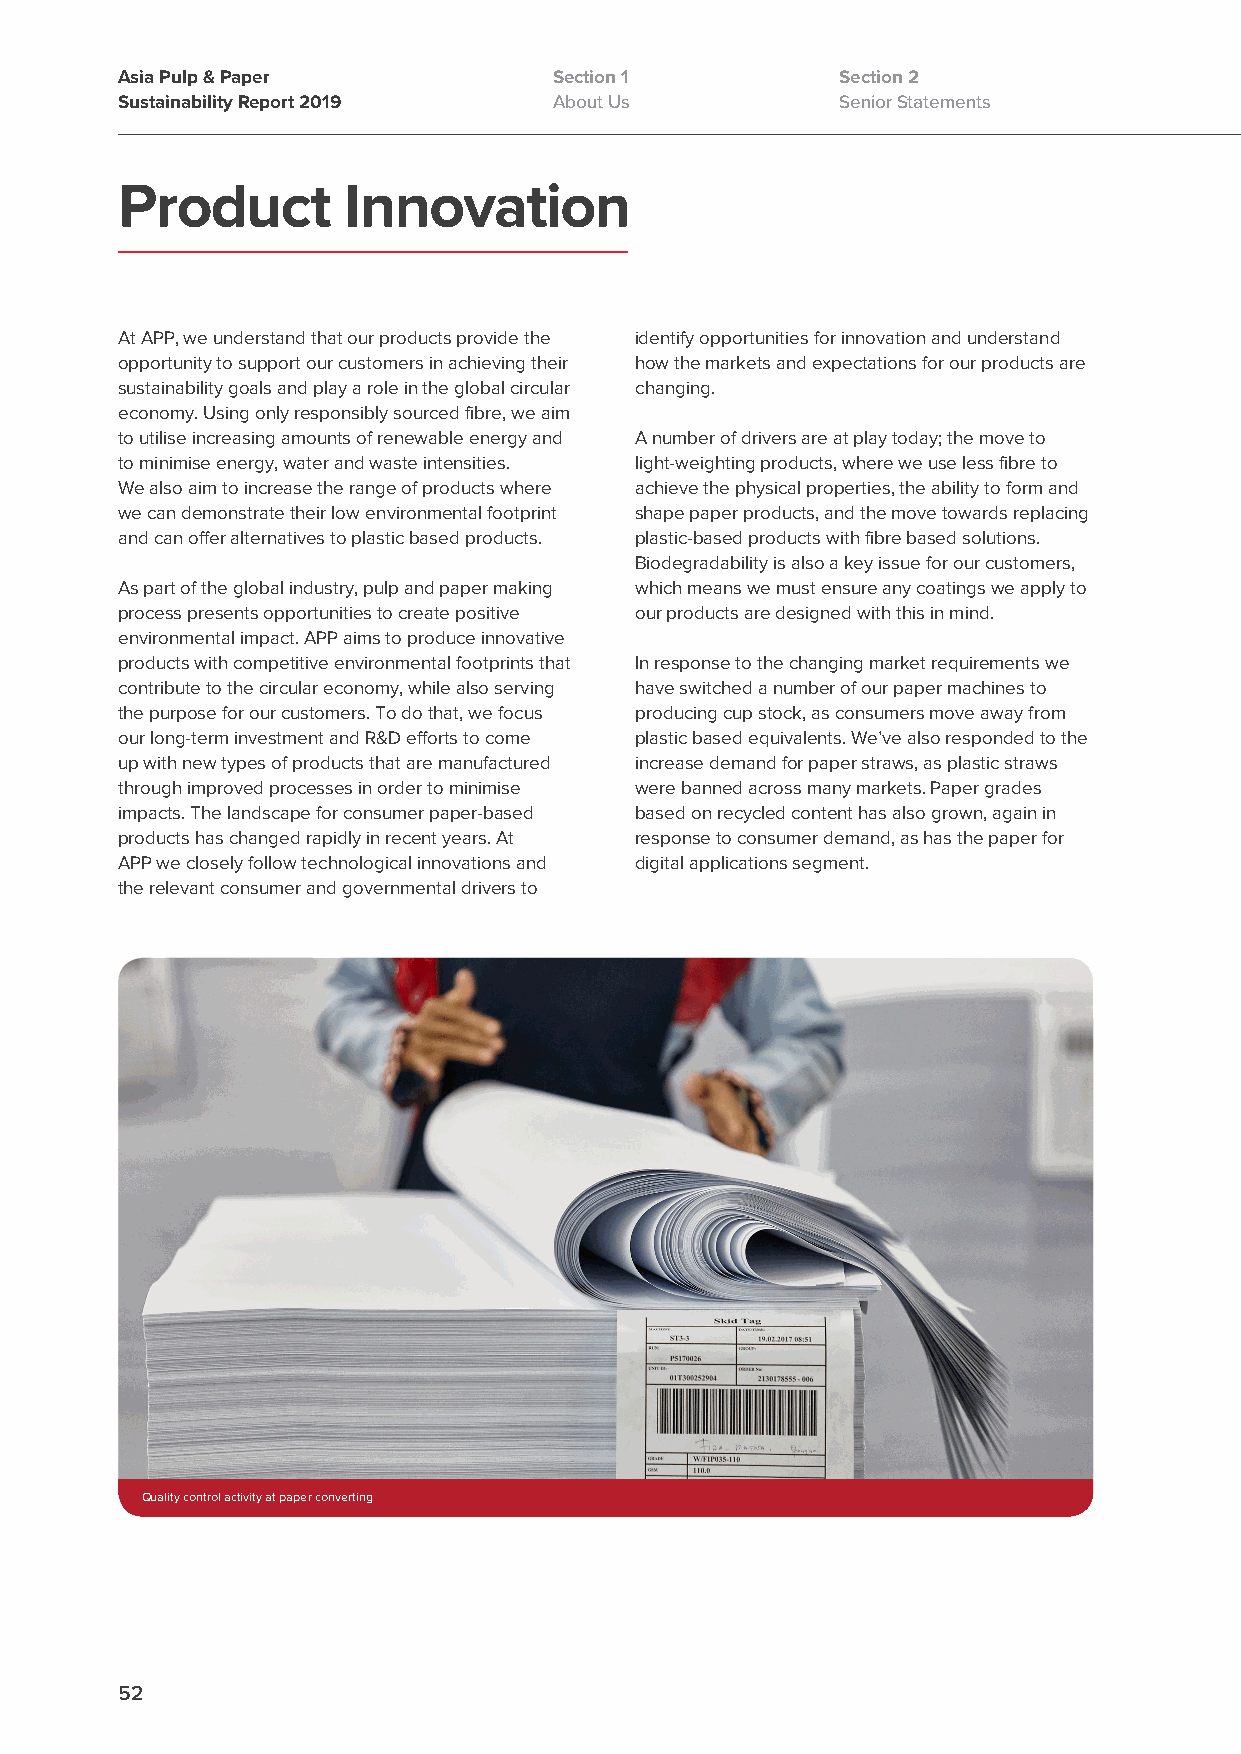
Asia Pulp & Paper            Section 1          Section 2
 Sustainability Report 2019   About Us           Senior Statements
 Product        Innovation
 At APP, we understand that our products provide the identify opportunities for innovation and understand
 opportunity to support our customers in achieving their how the markets and expectations for our products are
 sustainability goals and play a role in the global circular changing.
 economy. Using only responsibly sourced fibre, we aim
 to utilise increasing amounts of renewable energy and A number of drivers are at play today; the move to
 to minimise energy, water and waste intensities. light-weighting products, where we use less fibre to
 We also aim to increase the range of products where achieve the physical properties, the ability to form and
 we can demonstrate their low environmental footprint shape paper products, and the move towards replacing
 and can offer alternatives to plastic based products. plastic-based products with fibre based solutions.
 Biodegradability is also a key issue for our customers,
 As part of the global industry, pulp and paper making which means we must ensure any coatings we apply to
 process presents opportunities to create positive our products are designed with this in mind.
 environmental impact. APP aims to produce innovative
 products with competitive environmental footprints that In response to the changing market requirements we
 contribute to the circular economy, while also serving have switched a number of our paper machines to
 the purpose for our customers. To do that, we focus producing cup stock, as consumers move away from
 our long-term investment and R&D efforts to come plastic based equivalents. We’ve also responded to the
 up with new types of products that are manufactured increase demand for paper straws, as plastic straws
 through improved processes in order to minimise were banned across many markets. Paper grades
 impacts. The landscape for consumer paper-based based on recycled content has also grown, again in
 products has changed rapidly in recent years. At response to consumer demand, as has the paper for
 APP we closely follow technological innovations and digital applications segment.
 the relevant consumer and governmental drivers to
 Quality control activity at paper converting
 52